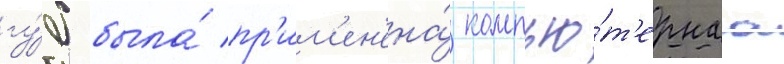
гу́б была́ пр'им'ен'ена́ компью́т'ернаа